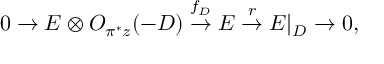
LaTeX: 0 \rightarrow E \otimes { \cal O } _ { \pi ^ { * } z } ( - D ) \stackrel { f _ { D } } { \rightarrow } E \stackrel { r } { \rightarrow } E | _ { D } \rightarrow 0 ,